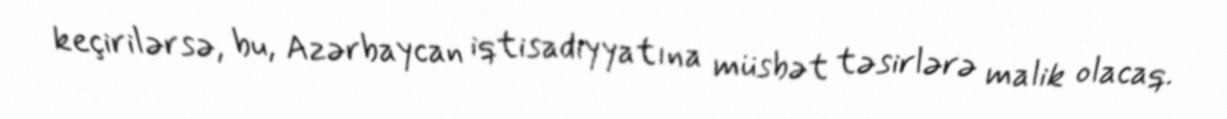
keçirilərsə, bu, Azərbaycan iqtisadiyyatına müsbət təsirlərə malik olacaq.